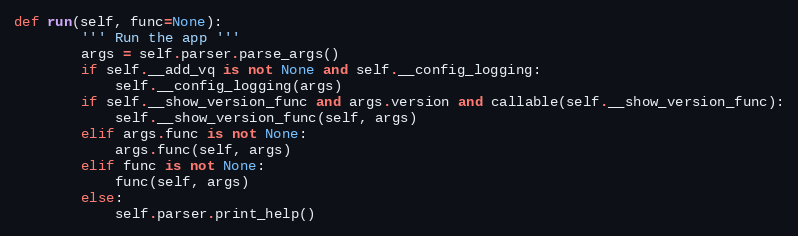
Language: Python
def run(self, func=None):
        ''' Run the app '''
        args = self.parser.parse_args()
        if self.__add_vq is not None and self.__config_logging:
            self.__config_logging(args)
        if self.__show_version_func and args.version and callable(self.__show_version_func):
            self.__show_version_func(self, args)
        elif args.func is not None:
            args.func(self, args)
        elif func is not None:
            func(self, args)
        else:
            self.parser.print_help()